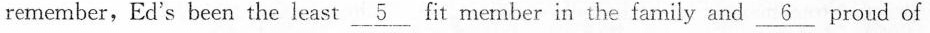
remember,Ed's been the least \underline{5} fit member in the family and \underline{6} proud of